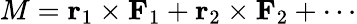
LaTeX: M=\mathbf{r}_{1}\times\mathbf{F}_{1}+\mathbf{r}_{2}\times\mathbf{F}_{2}+\cdots